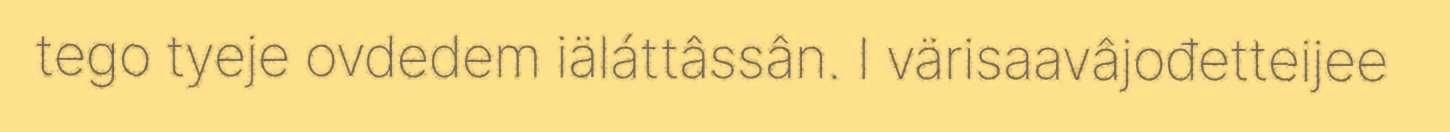
tego tyeje ovdedem iäláttâssân. I värisaavâjođetteijee